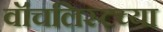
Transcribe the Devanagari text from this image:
वॉचलिस्टच्या